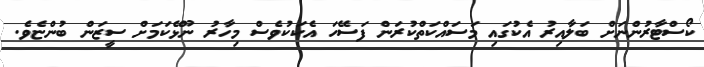
ކޯސްޓާރުންނަށް ބަލާއިރު އެކުގައި މަސައްކަތްކުރަން ފަސޭހަ އެކަކުވެސް މިހާރު ނޫޅޭކަމަށް ސީޒަން ބުންޏެވެ.